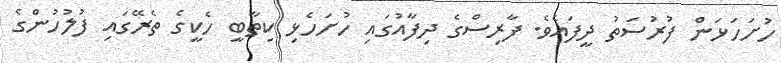
ހުށަހަޅަން ފުރުސަތު ދީފައެވެ. ފާރިސްގެ ދިފާއުގައި ހުށަހެޅި ކިތާބީ ހެކީގެ ތެރޭގައި ފުލުހުންގެ